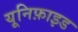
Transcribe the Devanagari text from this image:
यूनिफ़ाइड